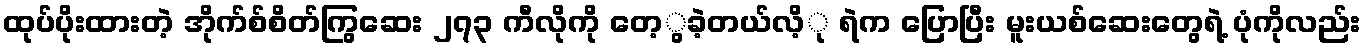
ထုပ်ပိုးထားတဲ့ အိုက်စ်စိတ်ကြွဆေး ၂၇၃ ကီလိုကို တေ့ွခဲ့တယ်လိ့ု ရဲက ပြောပြီး မူးယစ်ဆေးတွေရဲ့ ပုံကိုလည်း